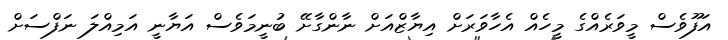
އަފޫވެސް މީވަރެއްގެ މީހެއް އެހާވަރަށް އިޔާޒްއަށް ނާންގާށޭ ބުނީމަވެސް އަޔާނީ އަމިއްލަ ނަފްސަށް